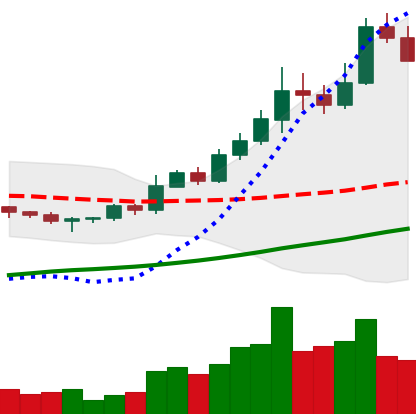
Ticker: BNB-USD
Chart end date: 2022-11-06
Forward return: -14.605%
Label: down_7plus